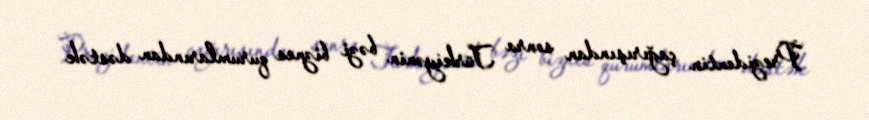
Prezidentin çağırışından sonra Türkiyənin bəzi biznes qurumlarından dəstək